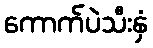
ကောက်ပဲသီးနှံ